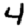
Digit: 4